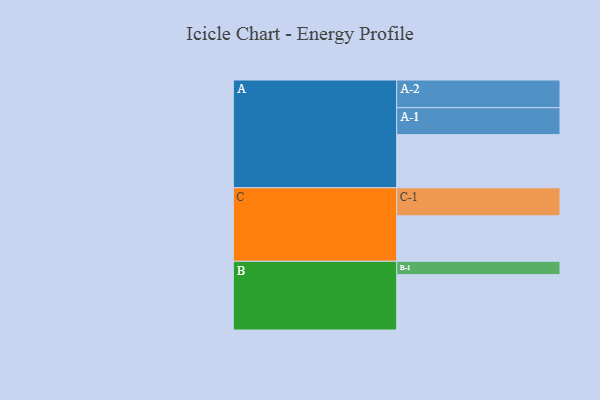
{"axis": {"x": "Segment", "y": "Value"}, "legend": ["", "A", "B", "C"], "data": [{"x": "A", "y": 518, "type": ""}, {"x": "B", "y": 540, "type": ""}, {"x": "C", "y": 443, "type": ""}, {"x": "A-1", "y": 263, "type": "A"}, {"x": "A-2", "y": 270, "type": "A"}, {"x": "B-1", "y": 130, "type": "B"}, {"x": "C-1", "y": 274, "type": "C"}]}